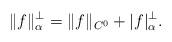
LaTeX: \begin{align*} \|f\|^\perp_\alpha = \|f\|_{C^0} + |f|^\perp_\alpha. \end{align*}